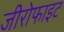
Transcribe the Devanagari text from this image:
जीरोफाइट